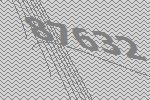
87632